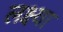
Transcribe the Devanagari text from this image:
लक्ष्‍या